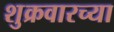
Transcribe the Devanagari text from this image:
शुक्रवारच्या